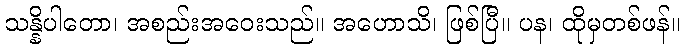
သန္နိပါတော၊ အစည်းအဝေးသည်။ အဟောသိ၊ ဖြစ်ပြီ။ ပန၊ ထိုမှတစ်ဖန်။